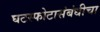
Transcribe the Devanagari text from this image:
घटस्फोटासंबंधीचा